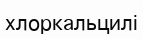
хлоркальцилі